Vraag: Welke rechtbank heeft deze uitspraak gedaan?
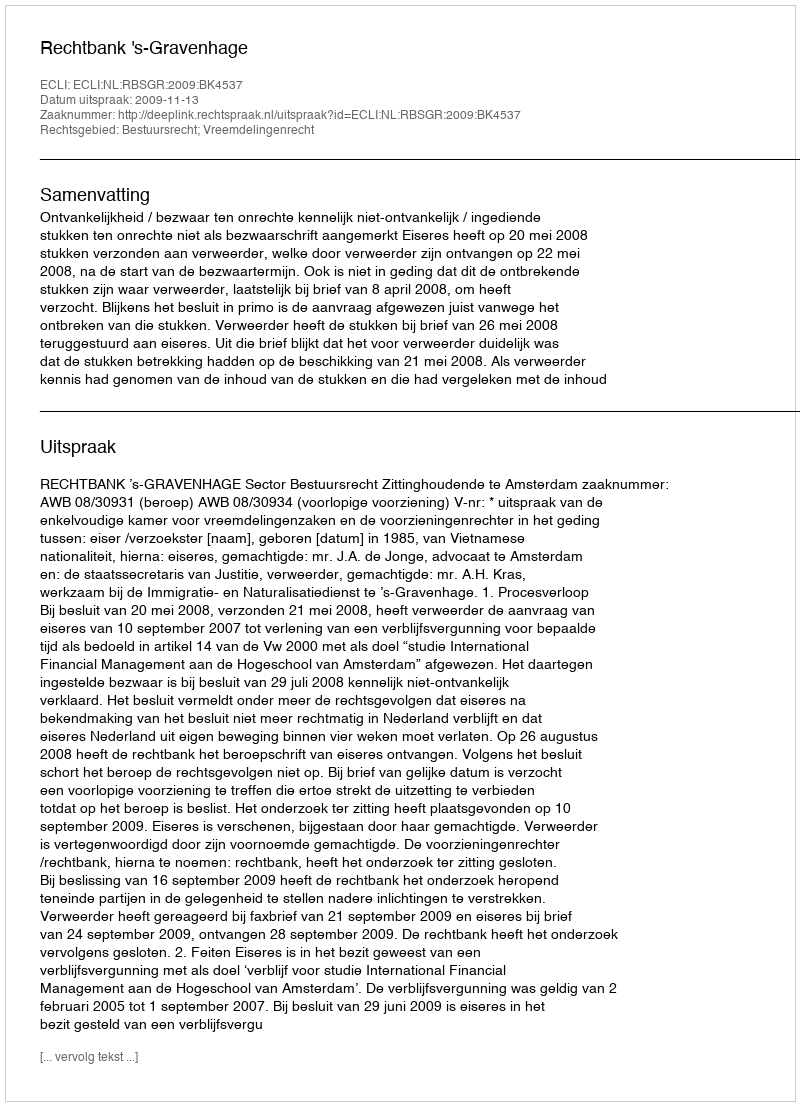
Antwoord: Rechtbank 's-Gravenhage